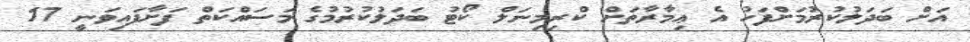
އަށް ބަދަލުކުރުމަށްފަހު އެ ޢިމާރާތަށް ކްރިމިނަލް ކޯޓު ބަދަލުކުރުމުގެ މަސައްކަތް ފަށާފައިވަނީ 17